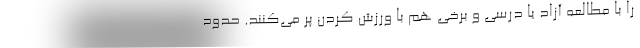
را با مطالعه آزاد یا درسی و برخی هم با ورزش کردن پر می‌کنند. حدود